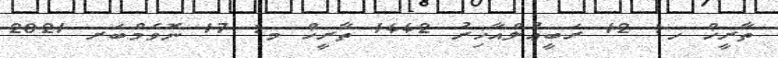
ތާރީޚް ހ: 12 ރަބީޢުލްއާޚިރު 1442 ތާރީޚް މ: 17 ނޮވެމްބަރ 2021